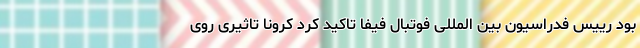
بود رییس فدراسیون بین المللی فوتبال فیفا تاکید کرد کرونا تاثیری روی